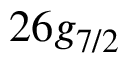
2 6 g _ { 7 / 2 }